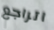
اتراجع